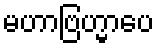
မဟာဗြဟ္မာပေ